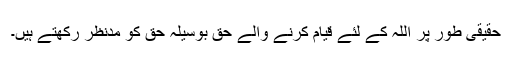
حقیقی طور پر اللہ کے لئے قیام کرنے والے حق بوسیلہ حق کو مدنظر رکھتے ہیں۔